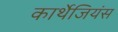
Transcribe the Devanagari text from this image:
कार्थेजियंस